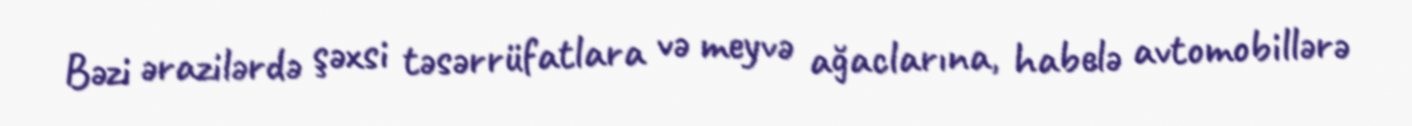
Bəzi ərazilərdə şəxsi təsərrüfatlara və meyvə ağaclarına, habelə avtomobillərə